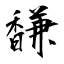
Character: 馦